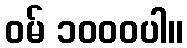
ဝမ် ၁၀၀၀ပါ။